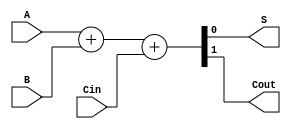
module somador(
	input A,
	input B,
	input Cin,
	output S,
	output Cout
);

assign {Cout,S} = A+B+Cin;

endmodule